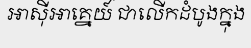
អាស៊ីអាគ្នេយ៍ ជាលើកដំបូងក្នុង